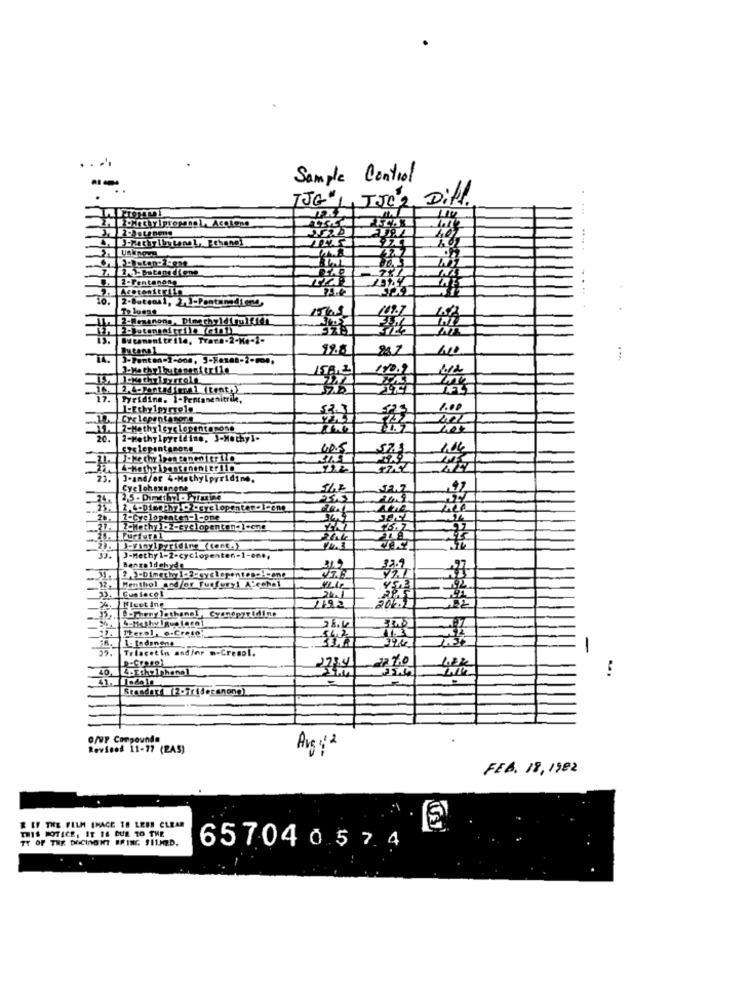
--
Sample Control
TJG J JJCZ Diff.
..
2-Pentanone
tonitrila
10.
To luene
..... .........
Wcamenitrile, Trara-2-M .- 1-
Butenn1
12.8
28.
2.4-Santadimra 1 (tent,)
17.
Tyridine. 1-Pentanenitrile,
1 ... Cyclepantanos
20.
2-Methylpyridine, 3-Methyl-
25.
J-and/or 4-Methylpyridine,
Cyclohexanene
2.6-Dimethy -2-cyclopenter-I-ene
"Celopenten-1-one
Furfuril
35.
Benro Idehyde
1. Menthol and/or fuefory! A-cchal
33.
Custacol
4. MIcet ing
33. .. hem lothanel, Cyanepyridine
5-Methy lgveloce
Therol, o.Creio'
Triacetin and/or m-Cremo !.
-
...
Standard (2-Iridecanong)
O/WP Compounds
Bevfood 11-77 (2AS)
Avg : 2
FEB. 18,1982
R IF THE FILM IHACE 10 LEBE CLEAR
THIS NOTICE, IT IS DUE TO THE
TY OF THE DOCINONT BRING SILMED.
65704057.4